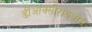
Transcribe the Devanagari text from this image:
डीऑक्सीराइबोस